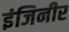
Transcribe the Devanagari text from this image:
इंजिनीर